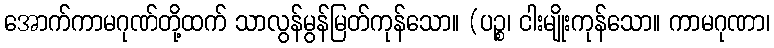
အောက်ကာမဂုဏ်တို့ထက် သာလွန်မွန်မြတ်ကုန်သော။ (ပဉ္စ၊ ငါးမျိုးကုန်သော။ ကာမဂုဏာ၊